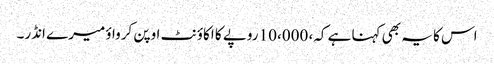
اس کا یہ بھی کہنا ہے کہ، 10،000 روپے کا اکاؤنٹ اوپن کرواؤ میرے انڈر۔